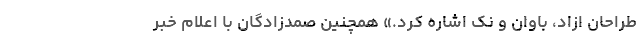
طراحان ازاد، باوان و نک اشاره کرد.» همچنین صمدزادگان با اعلام خبر